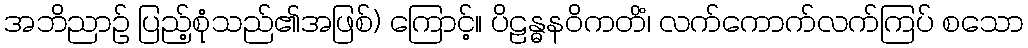
အဘိညာဉ် ပြည့်စုံသည်၏အဖြစ်) ကြောင့်။ ပိဠန္ဓနဝိကတိံ၊ လက်ကောက်လက်ကြပ် စသော